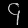
Digit: ၄